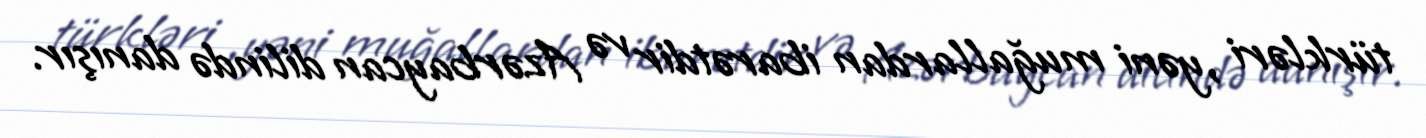
türkləri ,yəni muğallardan ibarətdir və Azərbaycan dilində danışır.